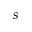
s